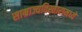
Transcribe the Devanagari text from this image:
साम्राज्यविस्तारामध्ये